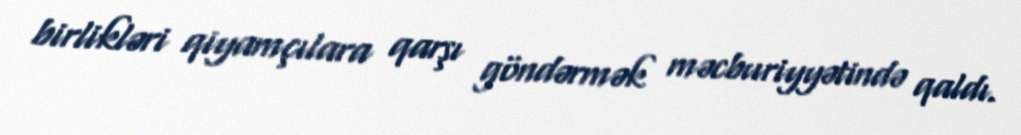
birlikləri qiyamçılara qarşı göndərmək məcburiyyətində qaldı.